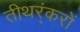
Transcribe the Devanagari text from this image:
तीथर्ंकरों